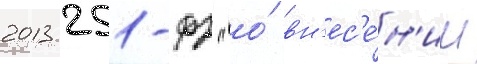
2013 251-фз "о́ вн'ес'е́н'ии